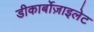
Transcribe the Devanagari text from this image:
डीकार्बोज़ाइलेट